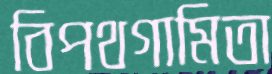
বিপথগামিতা